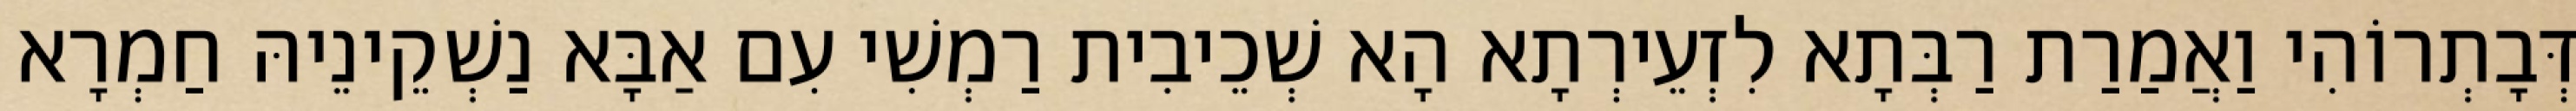
דְּבָתְרוֹהִי וַאֲמַרַת רַבְּתָא לִזְעֵירְתָא הָא שְׁכֵיבִית רַמְשִׁי עִם אַבָּא נַשְׁקֵינֵיהּ חַמְרָא